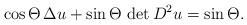
LaTeX: \begin{align*}\cos\Theta\,\Delta u+\sin\Theta\,\det D^2u=\sin\Theta.\end{align*}